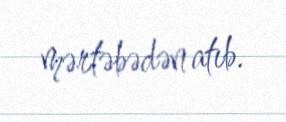
mərtəbədən atıb.